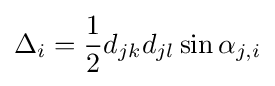
\Delta _{i}={\frac {1}{2}}d_{jk}d_{jl}\sin \alpha _{j,i}